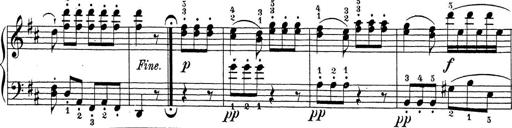
Title: Sonatina Album
Composer: Louis KÃ¶hler